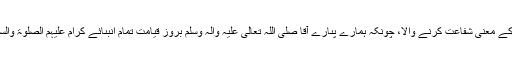
جواب : اُمَم”اُمَّت“کی جمع ہے اور”شافِع“کے معنیٰ شَفاعت کرنے والا، چونکہ ہمارے پىارے آقا صَلَّی اللّٰہُ تَعَالٰی عَلَیْہِ وَاٰلہٖ وَسَلَّم بروزِ قیامت تمام اَنبىائے کِرام عَلَیْہِمُ الصَّلٰوۃُ وَالسَّلَام کے اُمَّتیوں کى شَفاعت فرمائیں گے ۔